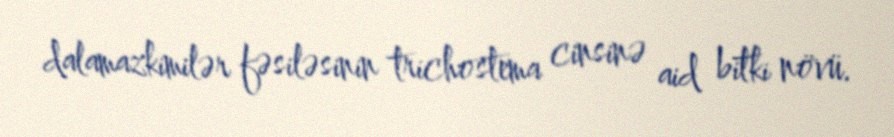
dalamazkimilər fəsiləsinin trichostema cinsinə aid bitki növü.